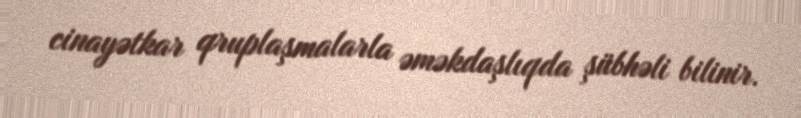
cinayətkar qruplaşmalarla əməkdaşlıqda şübhəli bilinir.